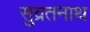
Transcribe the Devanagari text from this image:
सुव्रतनाथ